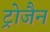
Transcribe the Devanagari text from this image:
ट्रोजैन